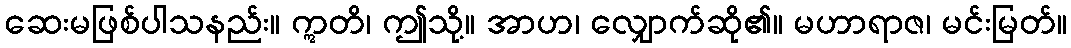
ဆေးမဖြစ်ပါသနည်း။ ဣတိ၊ ဤသို့။ အာဟ၊ လျှောက်ဆို၏။ မဟာရာဇ၊ မင်းမြတ်။